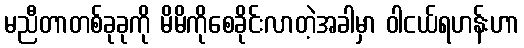
မညီတာတစ်ခုခုကို မိမိကိုစေခိုင်းလာတဲ့အခါမှာ ဝါငယ်ရဟန်းဟာ